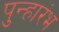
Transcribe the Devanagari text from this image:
पुन्हारंभ